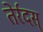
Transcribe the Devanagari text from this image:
तेर्रदस्